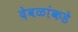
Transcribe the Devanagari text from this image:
देवळांकडे